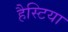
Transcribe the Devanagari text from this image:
हैस्टिया